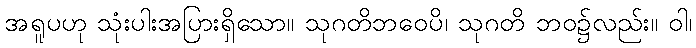
အရူပဟု သုံးပါးအပြားရှိသော။ သုဂတိဘဝေပိ၊ သုဂတိ ဘဝ၌လည်း။ ဝါ၊